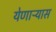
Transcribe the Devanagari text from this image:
येणाऱ्यास